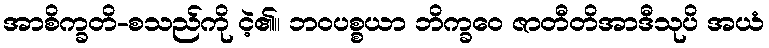
အာစိက္ခတိ-စသည်ကို ငဲ့၏။ ဘဝပစ္စယာ ဘိက္ခဝေ ဇာတီတိအာဒီသုပိ အယံ